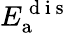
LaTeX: E_{\mathrm{a}}^{\mathrm{~d~i~s~}}